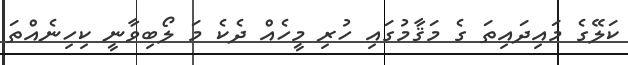
ކަލޭގެ މައިދައިތަ ގެ މަޤާމުގައި ހުރި މީހެއް ދެކެ މަ ލޯބިވާނީ ކިހިނެއްތަ